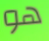
هو